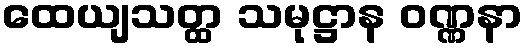
ထေယျသတ္ထ သမုဋ္ဌာန ဝဏ္ဏနာ